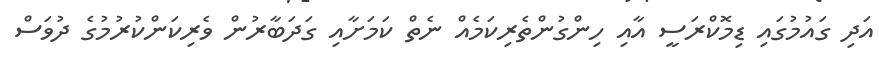
އަދި ގައުމުގައި ޑިމޮކްރަސީ އާއި ހިންގުންތެރިކަމެއް ނެތް ކަމަށާއި ގަދަބާރުން ވެރިކަންކުރުމުގެ ދުވަސް